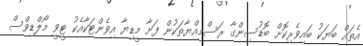
އެތައް ބަޔަކު ބައިވެރިކޮށް ބޮޑުސިންގާ ރަސްމިއްޔާތަކުން ފަށާ މީޑިޔާ އިވެންޓަކާއެކު ޓީވީ މޯލްޑިވްސް